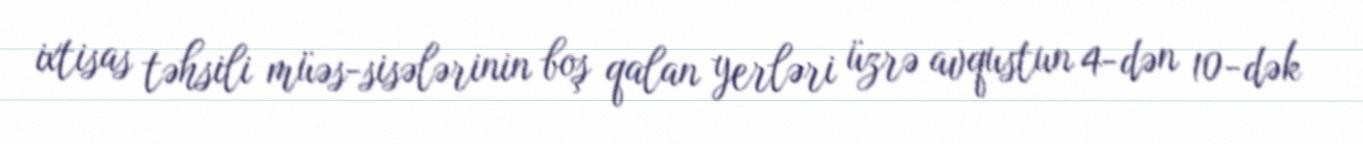
ixtisas təhsili müəs­sisələrinin boş qalan yerləri üzrə avqustun 4-dən 10-dək